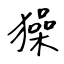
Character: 𤢖